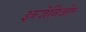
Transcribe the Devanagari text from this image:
इन्जेनिओर